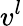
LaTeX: v^{l}